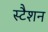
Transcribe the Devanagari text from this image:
स्टैशन